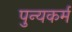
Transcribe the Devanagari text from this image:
पुन्यकर्म